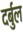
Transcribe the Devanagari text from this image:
दर्बुल